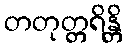
တတုတ္တရိန္တိ